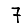
Digit: 7